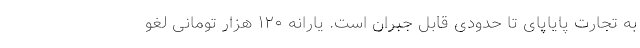
به تجارت پایاپای تا حدودی قابل جبران است. یارانه ۱۲۰ هزار تومانی لغو